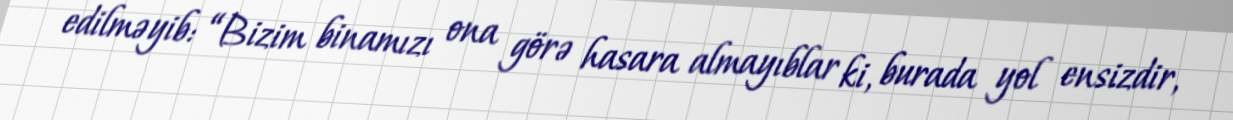
edilməyib: “Bizim binamızı ona görə hasara almayıblar ki, burada yol ensizdir,